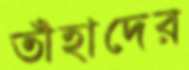
তাঁহাদের